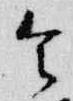
令